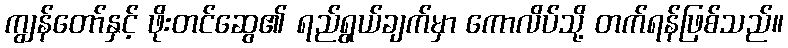
ကျွန်တော်နှင့် ဖိုးတင်ဆွေ၏ ရည်ရွယ်ချက်မှာ ကောလိပ်သို့ တက်ရန်ဖြစ်သည်။